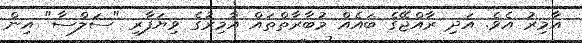
އާމިރު އެވެ. އަދި ރާއްޖޭގެ ބައެއް މުބާރާތްތައް އާމިރުގެ ވިޔަފާރި "ސަލްސާ" އިން